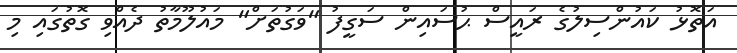
އަތޮޅު ކައުންސިލުގެ ރައީސް ޙުސައިން ސަގީފު "ވަގުތަށް" މައުލޫމާތު ދެއްވި ގޮތުގައި މި